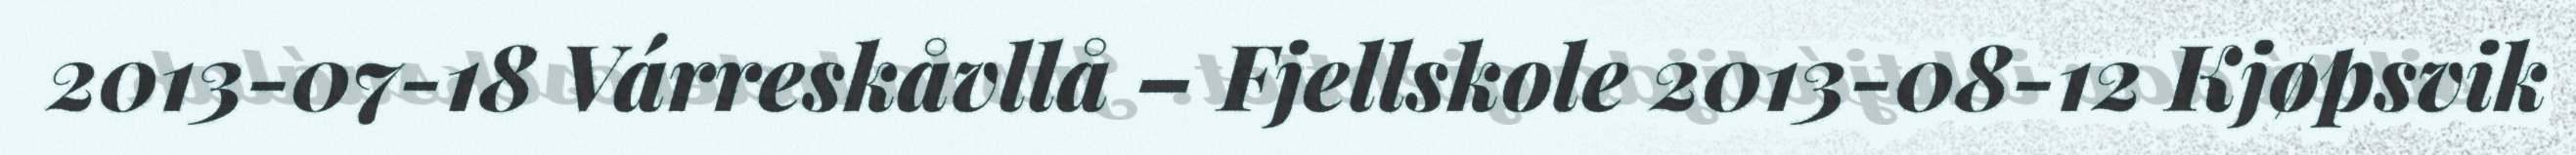
2013-07-18 Várreskåvllå – Fjellskole 2013-08-12 Kjøpsvik